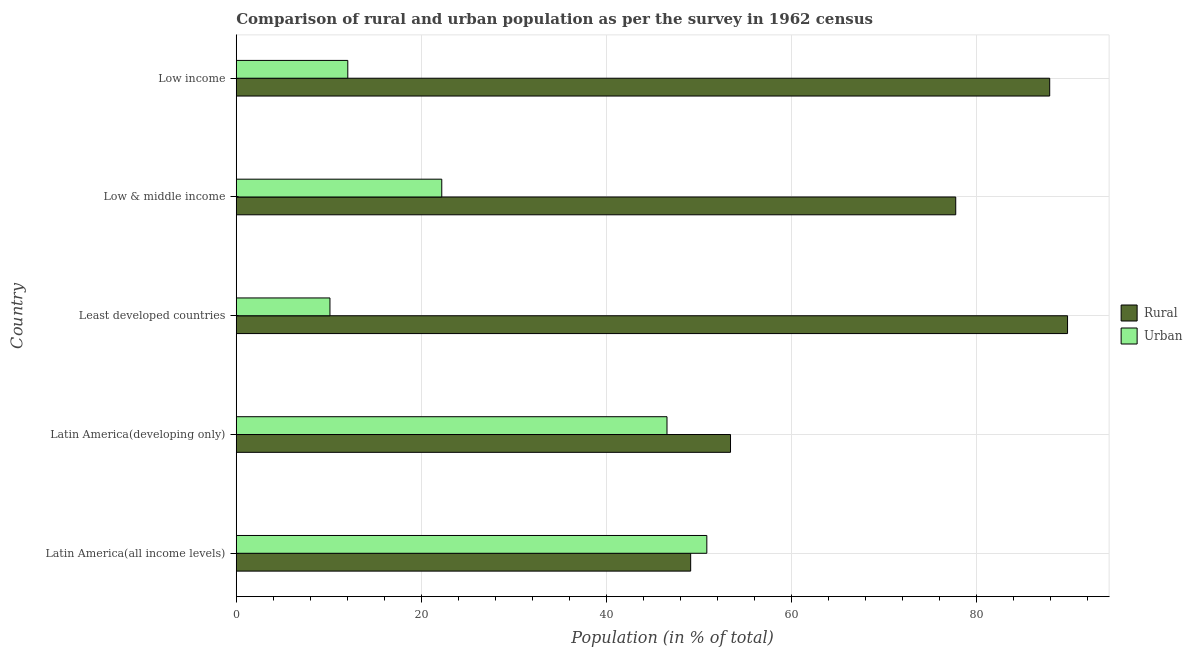
| Country | Rural | Urban |
 | --- | --- | --- |
 | Latin America(all income levels) | 49.1 | 50.9 |
 | Latin America(developing only) | 53.4 | 46.6 |
 | Least developed countries | 89.9 | 10.1 |
 | Low & middle income | 77.8 | 22.2 |
 | Low income | 87.9 | 12.1 |